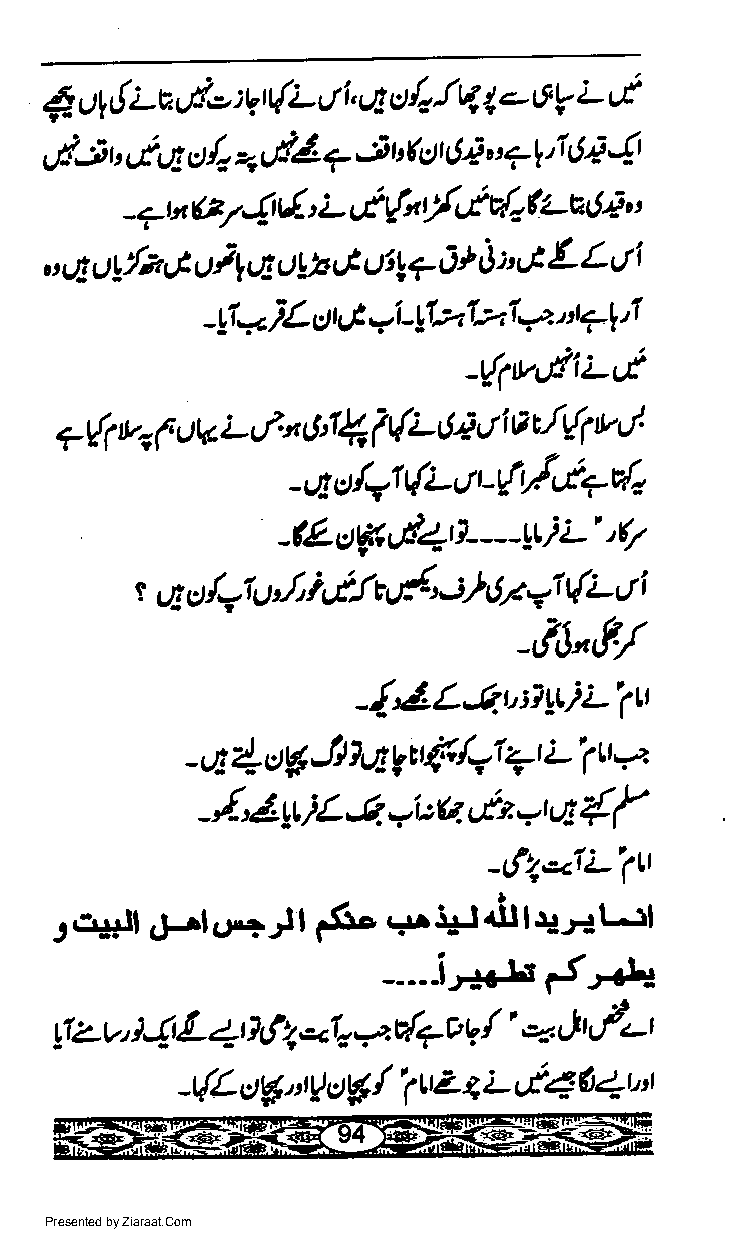
ol t! i-c,,E- : r{i- v 1, q c/z l4 t 1 6? L et
 ,4           V
 i               4
 dJ   r',.t r.E vdi +   t tftl r tLi,' ?tt,1 6 i
 "[, =,
 L               zdl l.
 G7{tL(,   rtr{" {t-tr{o(
 - 7t:t
 ,'4 !l*!8 u;l 4 !y, ut ui!7 A) J :'8 L L url
 -Ytn )L ctrI 7L!12721 4 i7l tI
 -r/1tv'.dii-t
 ul
 7{1 v, (. vtv L,-f' n 6n I 1{tJ2 J i a vLft
 -'ac/21(i-'tt-{'y'''t+do
 -lL oY  vtlrl- - - -Yti' L t7
 l=lil htft  {*}          "
 t q                    or   t{i- tt i
 o             t
 =1
 _,1J",f./
 -!dL-Qt':lYtlLitt
 - 4 1= ctg Jt lq gtt{ '/=1 7r L i tt'-':
 -/'4ttiL4wi:bAt-\l{f
 -tf2,-1;-7tr
 r&t+.*t-rl
 gosll 4:tr.r+tl  ts-  .+. rr
 -----i ','+ArJr.J+
 /'   J\/-r
 yIz v i,!t L 4t ?f 'q.al.,a zd79 | ..
 /'(tZ  Lc(4
 -r{L ttg  c)g      I      6 1t "l
 "ty
 Presented by Ziaraat.Com